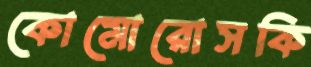
কোমোরোসকি